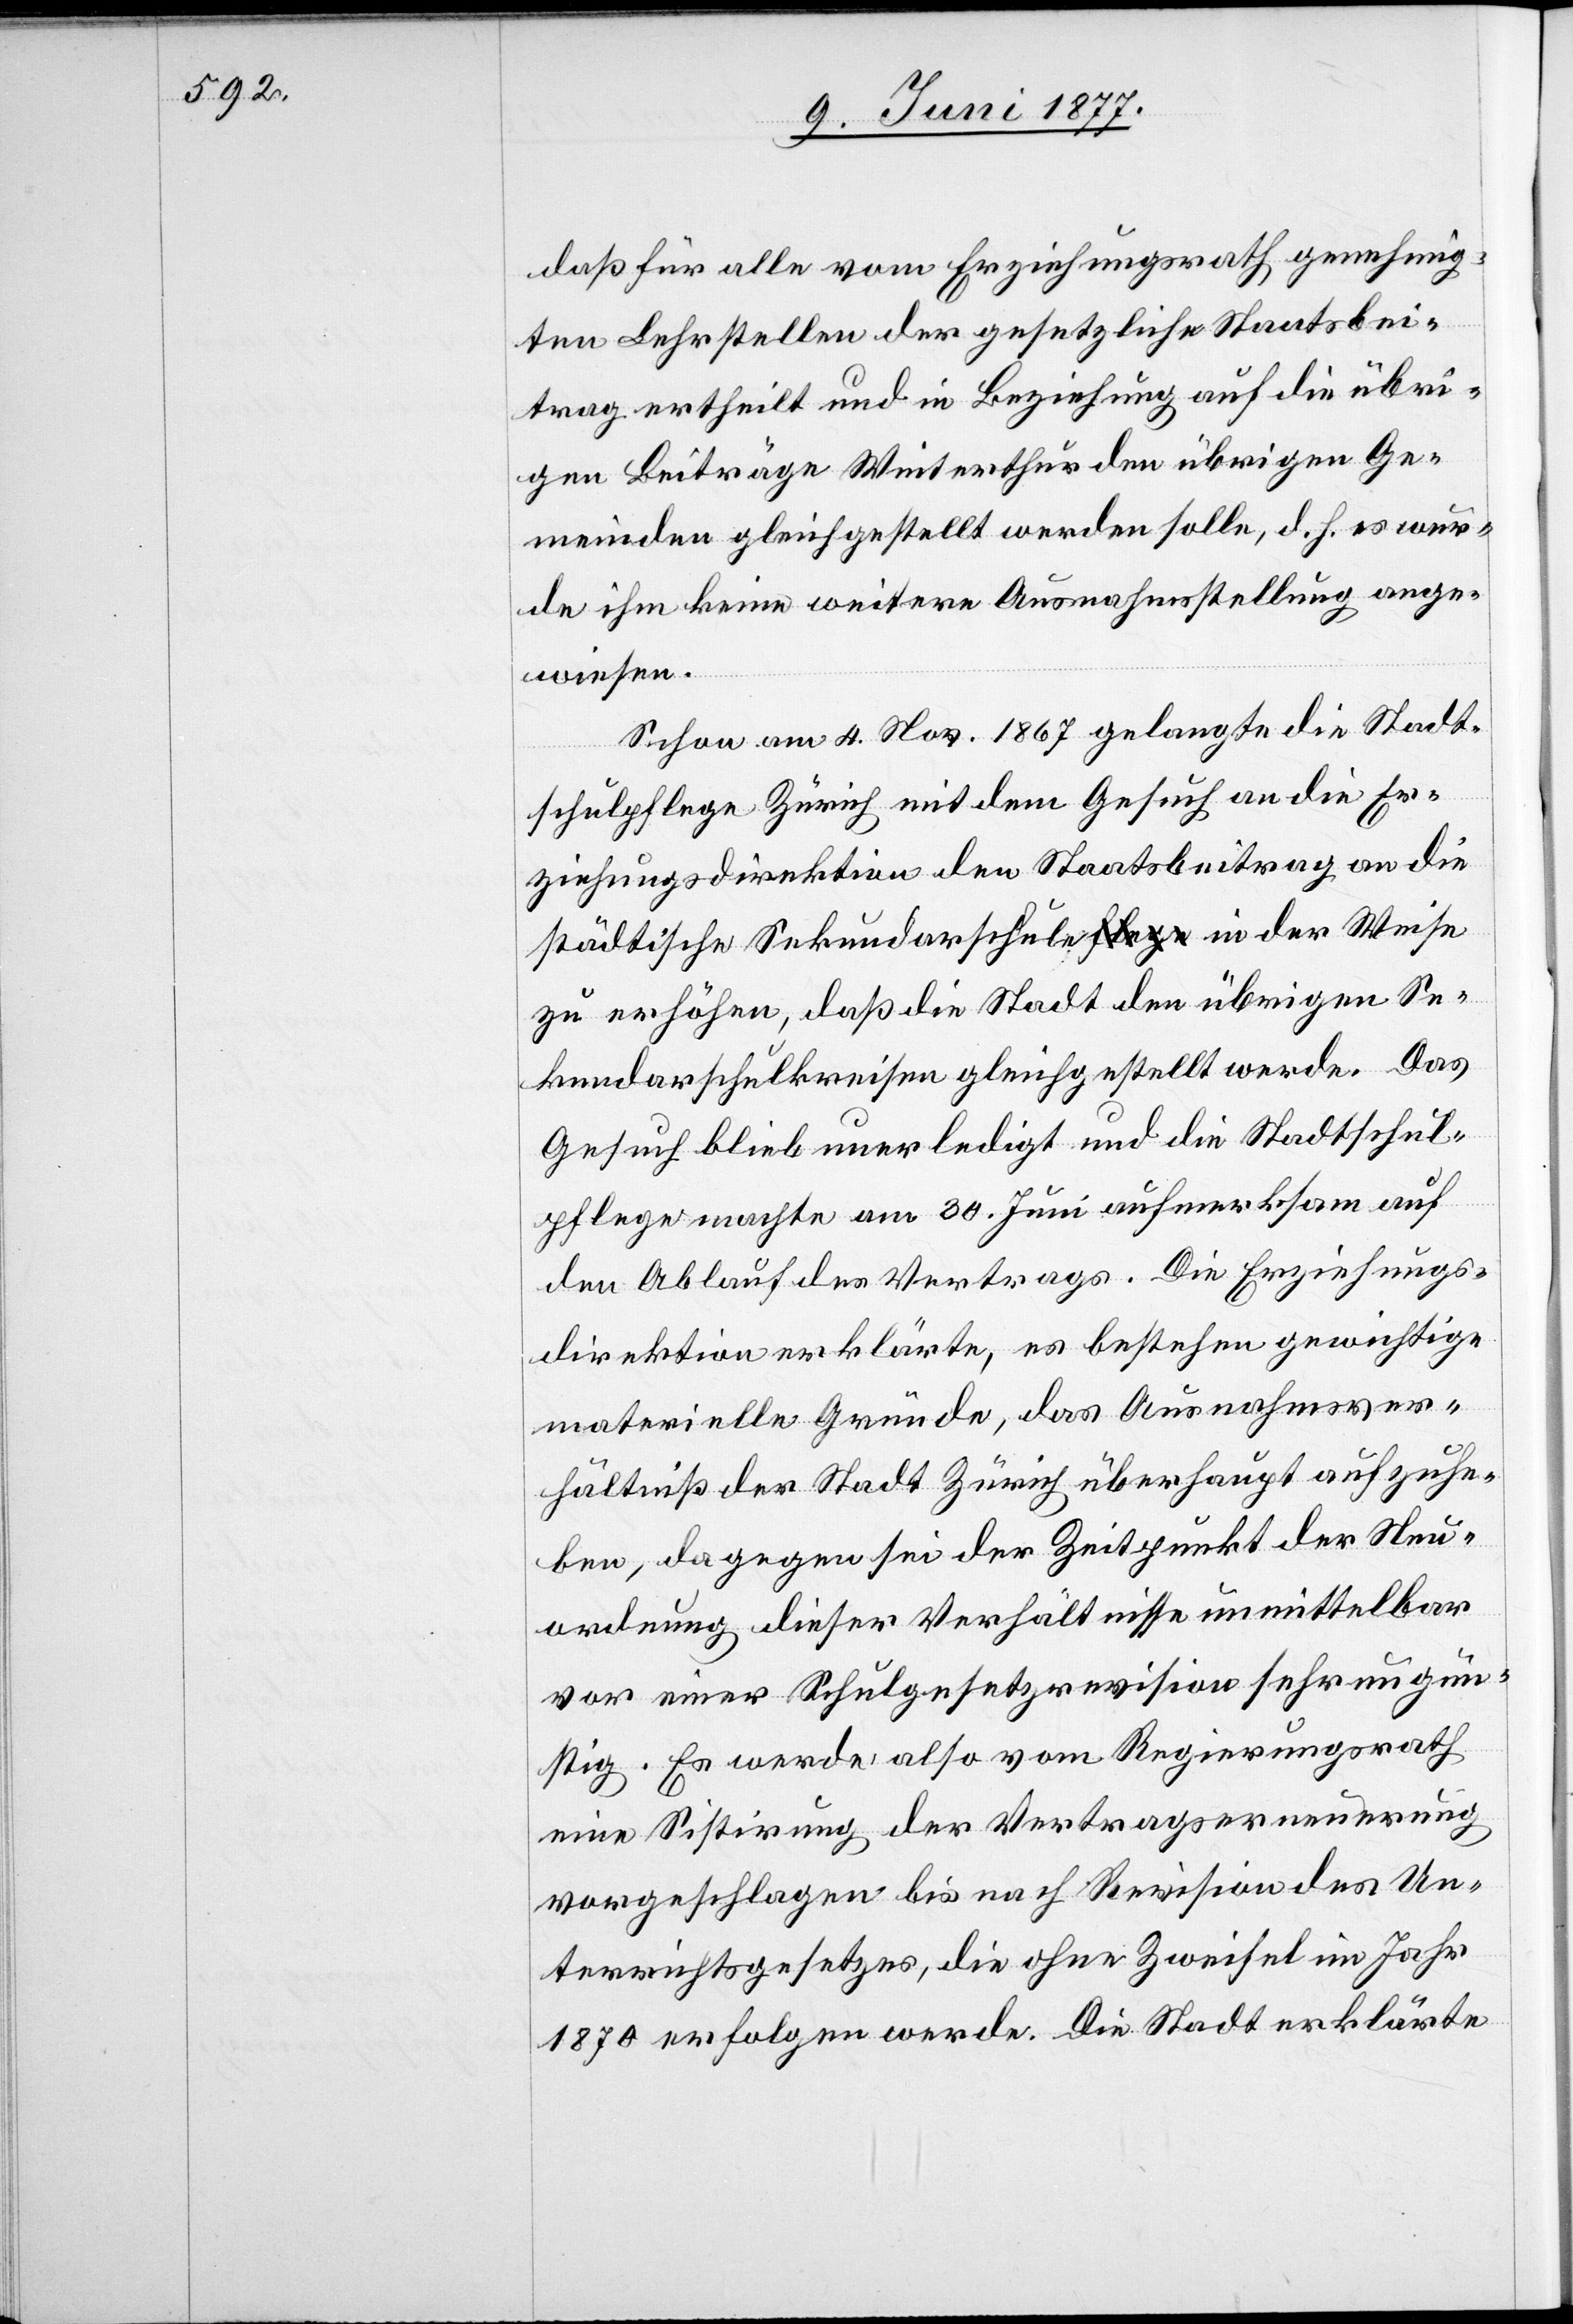
daß für alle vom Erziehungsrath genehmig¬
ten Lehrstellen der gesetzliche Staatsbei¬
trag ertheilt und in Beziehung auf die übri¬
gen Beiträge Winterthur den übrigen Ge¬
meinden gleichgestellt werden solle, d. h. es wur¬
de ihm keine weitere Ausnahmsstellung ange¬
wiesen.
Schon am 4. Nov. 1867 gelangte die Stadt¬
schulpflege Zürich mit dem Gesuch an die Er¬
ziehungsdirektion den Staatsbeitrag an die
städtische Sekundarschule in der Weise
zu erhöhen, daß die Stadt den übrigen Se¬
kundarschulkreisen gleichgestellt werde. Das
Gesuch blieb unerledigt und die Stadtschul¬
pflege machte am 30. Juni aufmerksam auf
den Ablauf des Vertrags. Die Erziehungs¬
direktion erklärte, es bestehen gewichtige
materielle Gründe, das Ausnahmsver¬
hältniß der Stadt Zürich überhaupt aufzuhe¬
ben, dagegen sei der Zeitpunkt der Neu¬
ordnung dieser Verhältnisse unmittelbar
vor einer Schulgesetzrevision sehr ungün¬
stig. Es werde also vom Regierungsrath
eine Sistirung der Vertragserneuerung
vorgeschlagen bis nach Revision des Un¬
terrichtsgesetzes, die ohne Zweifel im Jahr
1870 erfolgen werde. Die Stadt erklärte